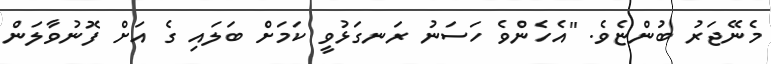
މެނޭޖަރު ބުންޏެވެ. "އެހެންވެ ހަސަނު ރަނގަޅުވީ ކަމަށް ބަލައި ގެ އަށް ފޮނުވާލަން